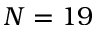
N = 1 9